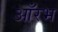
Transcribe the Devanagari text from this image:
आँरभ